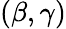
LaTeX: (\beta,\gamma)